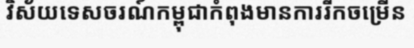
វិស័យទេសចរណ៍កម្ពុជាកំពុងមានការរីកចម្រើន